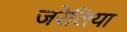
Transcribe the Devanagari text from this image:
जरेलिया